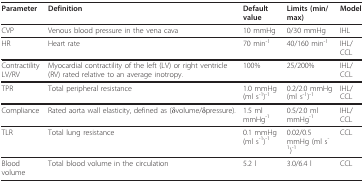
<table><thead><tr><td><b>Parameter</b></td><td><b>Definition</b></td><td><b>Default value</b></td><td><b>Limits (min/max)</b></td><td><b>Model</b></td></tr></thead><tbody><tr><td>CVP</td><td>Venous blood pressure in the vena cava</td><td>10 mmHg</td><td>0/30 mmHg</td><td>IHL</td></tr><tr><td>HR</td><td>Heart rate</td><td>70 min<sup>-1</sup></td><td>40/160 min<sup>-1</sup></td><td>IHL/CCL</td></tr><tr><td>Contractility LV/RV</td><td>Myocardial contractility of the left (LV) or right ventricle (RV) rated relative to an average inotropy.</td><td>100%</td><td>25/200%</td><td>IHL/CCL</td></tr><tr><td>TPR</td><td>Total peripheral resistance</td><td>1.0 mmHg (ml s<sup>-1</sup>)<sup>-1</sup></td><td>0.2/2.0 mmHg (ml s<sup>-1</sup>)<sup>-1</sup></td><td>IHL/CCL</td></tr><tr><td>Compliance</td><td>Rated aorta wall elasticity, defined as (δvolume/δpressure).</td><td>1.5 ml mmHg<sup>-1</sup></td><td>0.5/2.0 ml mmHg<sup>-1</sup></td><td>IHL/CCL</td></tr><tr><td>TLR</td><td>Total lung resistance</td><td>0.1 mmHg (ml s<sup>-1</sup>)<sup>-1</sup></td><td>0.02/0.5 mmHg (ml s<sup>-1</sup>)<sup>-1</sup></td><td>CCL</td></tr><tr><td>Blood volume</td><td>Total blood volume in the circulation</td><td>5.2 l</td><td>3.0/6.4 l</td><td>CCL</td></tr></tbody></table>